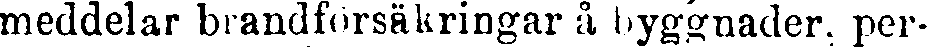
meddelar brandförsäkringar å byggnader, per-